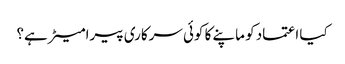
کیا اعتماد کو ماپنے کا کوئی سرکاری پیرامیٹر ہے؟